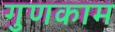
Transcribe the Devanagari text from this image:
गुणकाम